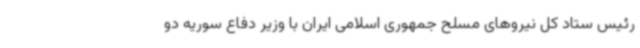
رئیس ستاد کل نیروهای مسلح جمهوری اسلامی ایران با وزیر دفاع سوریه دو